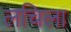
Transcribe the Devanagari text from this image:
लचिला